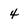
Character: 4